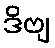
ဒိဗျ